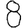
Digit: 8